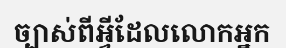
ច្បាស់ពីអ្វីដែលលោកអ្នក